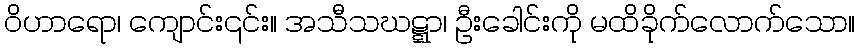
ဝိဟာရော၊ ကျောင်း၎င်း။ အသီသဃဋ္ဋာ၊ ဦးခေါင်းကို မထိခိုက်လောက်သော။